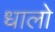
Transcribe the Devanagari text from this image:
धालो